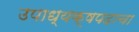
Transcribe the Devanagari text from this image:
उपाध्यक्षपदाचा